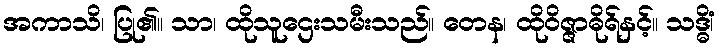
အကာသိ၊ ပြု၏။ သာ၊ ထိုသူဌေးသမီးသည်။ တေန၊ ထိုဝိဇ္ဇာဓိုရ်နှင့်။ သဒ္ဓိံ၊